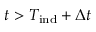
t > T _ { \mathrm { i n d } } + \Delta t